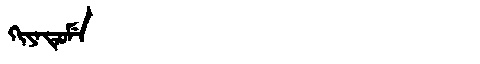
Manchu: ᡴᡳᠶᠠᡨᡠᠮᡝ
Romanization: KIYATUME